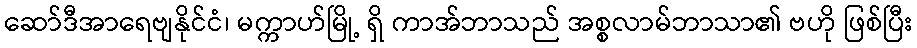
ဆော်ဒီအာရေဗျနိုင်ငံ၊ မက္ကာဟ်မြို့ ရှိ ကာအ်ဘာသည် အစ္စလာမ်ဘာသာ၏ ဗဟို ဖြစ်ပြီး